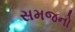
સમજનો